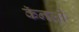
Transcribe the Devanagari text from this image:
कॅनली